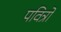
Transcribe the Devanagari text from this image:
पवित्रो